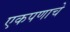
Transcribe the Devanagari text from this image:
एकपणाचे